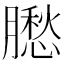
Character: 𦡗